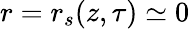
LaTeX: r=r_{s}(z,\tau)\simeq 0